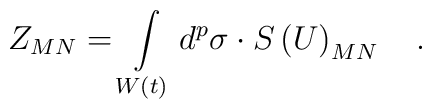
Z_{MN}=\int\limits_{W\left( t\right) }d^p\sigma \cdot S\left(U\right) _{MN}\quad .